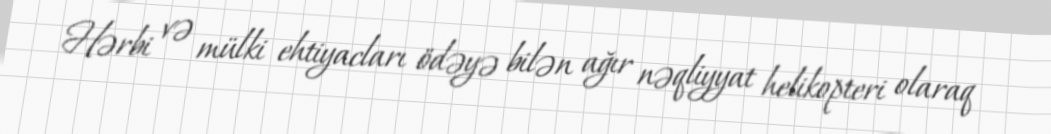
Hərbi və mülki ehtiyacları ödəyə bilən ağır nəqliyyat helikopteri olaraq